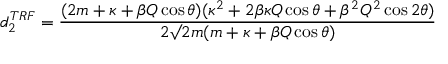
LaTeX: d _ { 2 } ^ { T R F } = \frac { ( 2 m + \kappa + \beta Q \cos \theta ) ( \kappa ^ { 2 } + 2 \beta \kappa Q \cos \theta + \beta ^ { 2 } Q ^ { 2 } \cos 2 \theta ) } { 2 \surd 2 m ( m + \kappa + \beta Q \cos \theta ) }